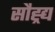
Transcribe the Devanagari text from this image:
सौह्र्द्य